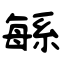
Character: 緐